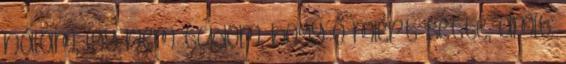
nálam, így nem tudom, hogy ő miért tette, amit.